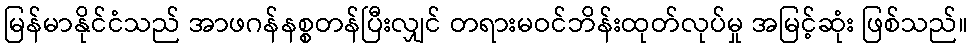
မြန်မာနိုင်ငံသည် အာဖဂန်နစ္စတန်ပြီးလျှင် တရားမဝင်ဘိန်းထုတ်လုပ်မှု အမြင့်ဆုံး ဖြစ်သည်။